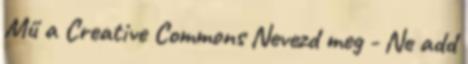
Mű a Creative Commons Nevezd meg - Ne add